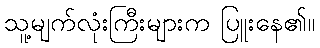
သူ့မျက်လုံးကြီးများက ပြူးနေ၏။